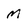
Character: M